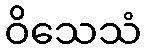
ဝိသေသံ